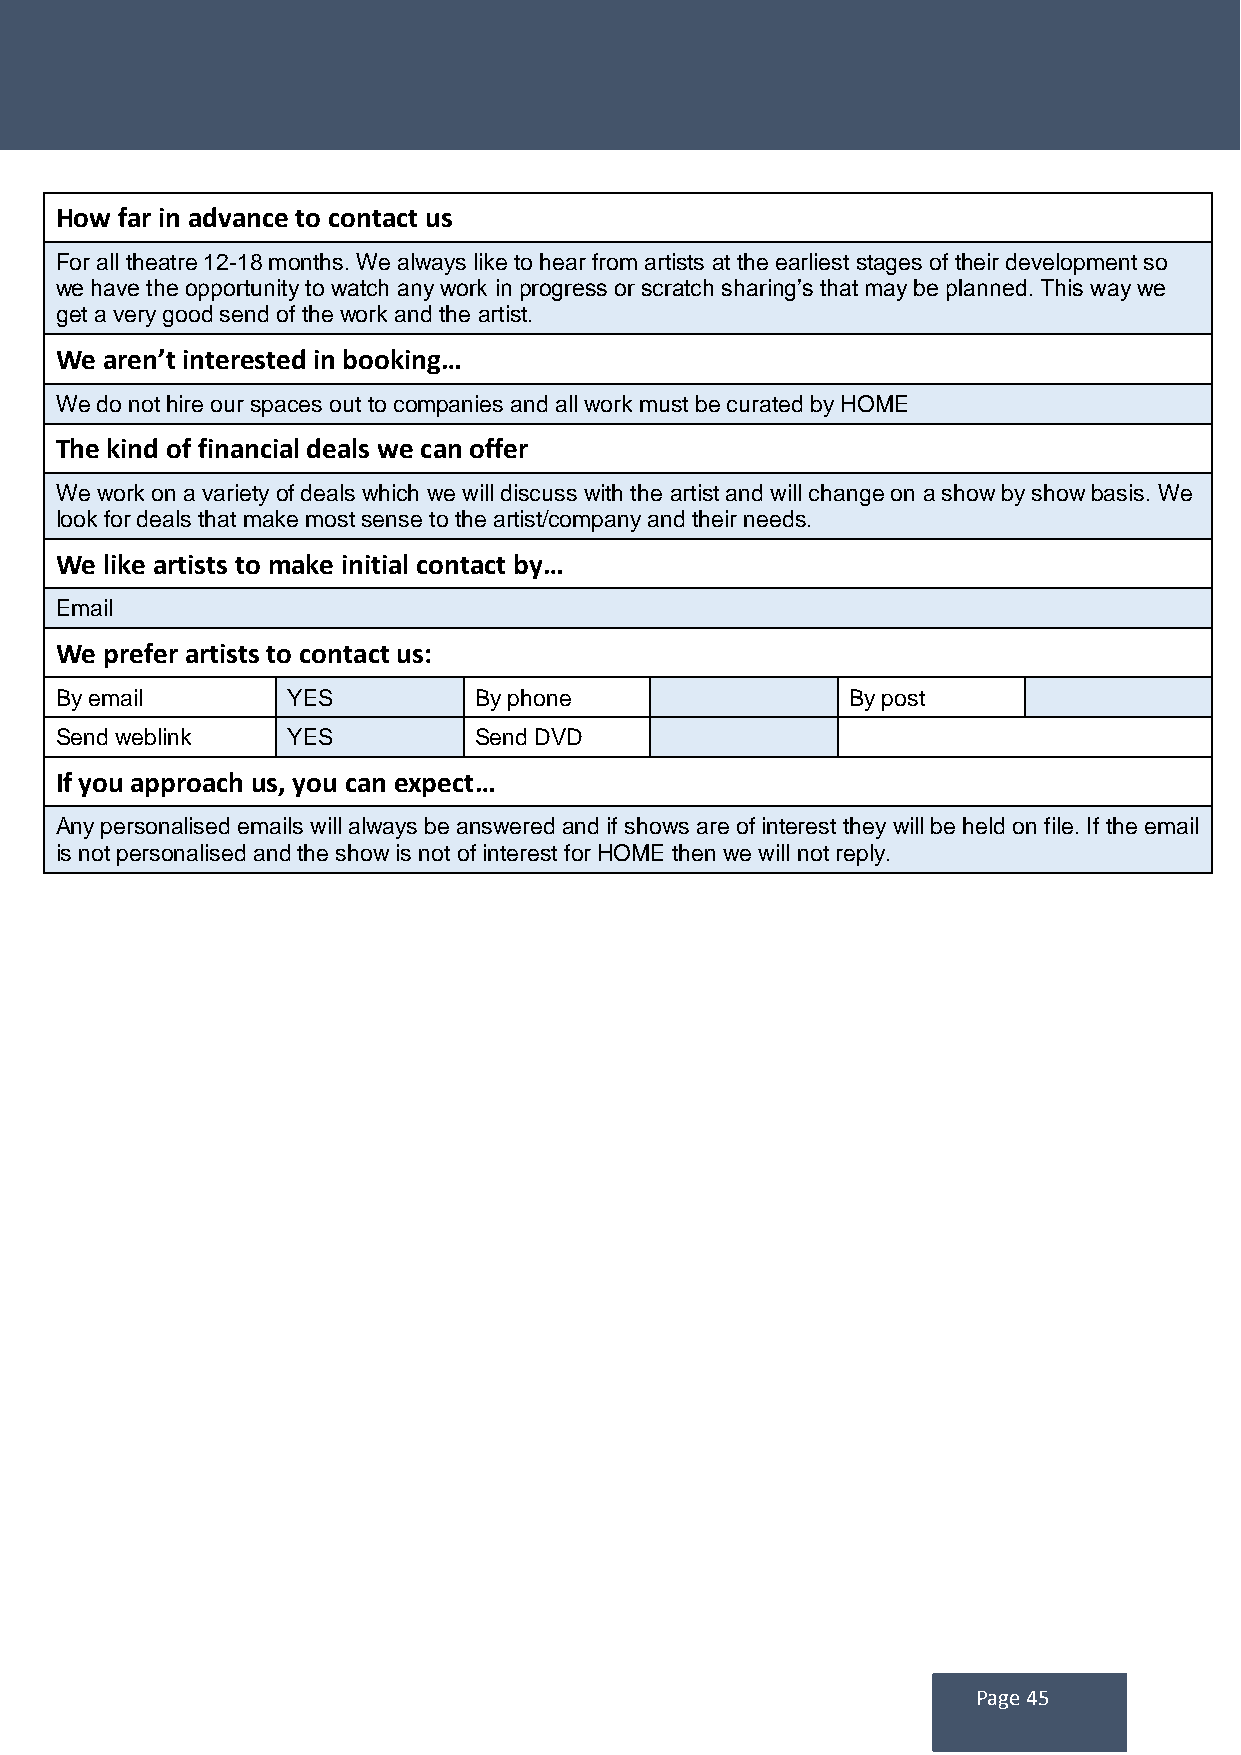
How far in advance to contact us
 For all theatre 12-18 months. We always like to hear from artists at the earliest stages of their development so
 we have the opportunity to watch any work in progress or scratch sharing’s that may be planned. This way we
 get a very good send of the work and the artist.
 We aren’t interested in booking…
 We do not hire our spaces out to companies and all work must be curated by HOME
 The kind of financial deals we can offer
 We work on a variety of deals which we will discuss with the artist and will change on a show by show basis. We
 look for deals that make most sense to the artist/company and their needs.
 We like artists to make initial contact by…
 Email
 We prefer artists to contact us:
 By email       YES         By phone                 By post
 Send weblink   YES         Send DVD
 If you approach us, you can expect…
 Any personalised emails will always be answered and if shows are of interest they will be held on file. If the email
 is not personalised and the show is not of interest for HOME then we will not reply.
 Page 45